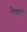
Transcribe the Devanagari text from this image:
सेस्क्वी